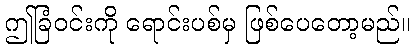
ဤခြံဝင်းကို ရောင်းပစ်မှ ဖြစ်ပေတော့မည်။